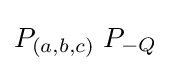
P_{(a,b,c)}\;P_{-Q}